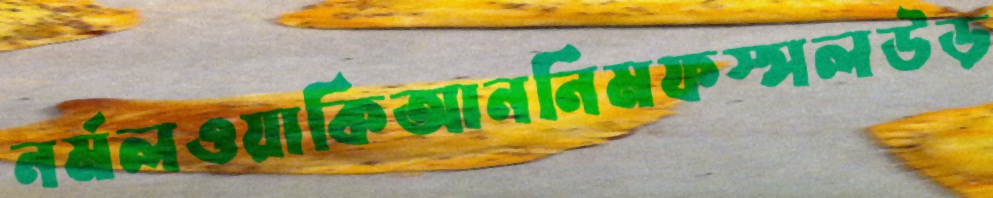
নর্মলওয়াকিআননিমফস্সলউড়